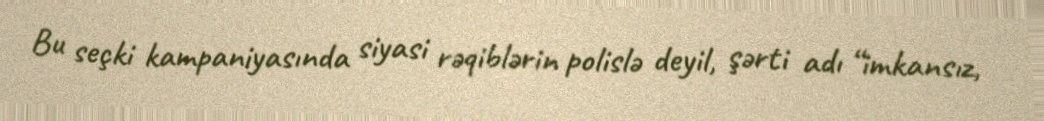
Bu seçki kampaniyasında siyasi rəqiblərin polislə deyil, şərti adı “imkansız,